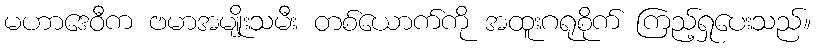
မဟာဒေဝီက ဗမာအမျိုးသမီး တစ်ယောက်ကို အထူးဂရုစိုက် ကြည့်ရှုပေးသည်။